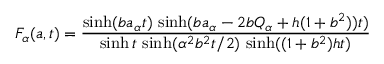
F _ { \alpha } ( a , t ) = \frac { \sinh ( b a _ { \alpha } t ) \, \sinh ( b a _ { \alpha } - 2 b Q _ { \alpha } + h ( 1 + b ^ { 2 } ) ) t ) } { \sinh t \, \sinh ( \alpha ^ { 2 } b ^ { 2 } t / 2 ) \, \sinh ( ( 1 + b ^ { 2 } ) h t ) }